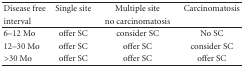
<table><thead><tr><td><b>Disease free</b></td><td><b>Single site</b></td><td><b>Multiple site</b></td><td><b>Carcinomatosis</b></td></tr><tr><td><b>interval</b></td><td></td><td><b>no carcinomatosis</b></td><td></td></tr></thead><tbody><tr><td>6–12 Mo</td><td>offer SC</td><td>consider SC</td><td>No SC</td></tr><tr><td>12–30 Mo</td><td>offer SC</td><td>offer SC</td><td>consider SC</td></tr><tr><td> &gt;30 Mo</td><td>offer SC</td><td>offer SC</td><td>offer SC</td></tr></tbody></table>